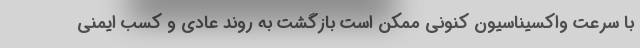
با سرعت واکسیناسیون کنونی ممکن است بازگشت به روند عادی و کسب ایمنی